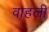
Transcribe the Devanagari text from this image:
वाहली